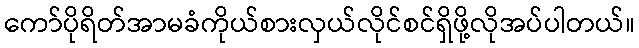
ကော်ပိုရိတ်အာမခံကိုယ်စားလှယ်လိုင်စင်ရှိဖို့လိုအပ်ပါတယ်။